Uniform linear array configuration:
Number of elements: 48
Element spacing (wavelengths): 0.75
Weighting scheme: kaiser
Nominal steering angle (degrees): -15
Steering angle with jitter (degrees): -13.059
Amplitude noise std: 0.05
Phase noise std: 0.05

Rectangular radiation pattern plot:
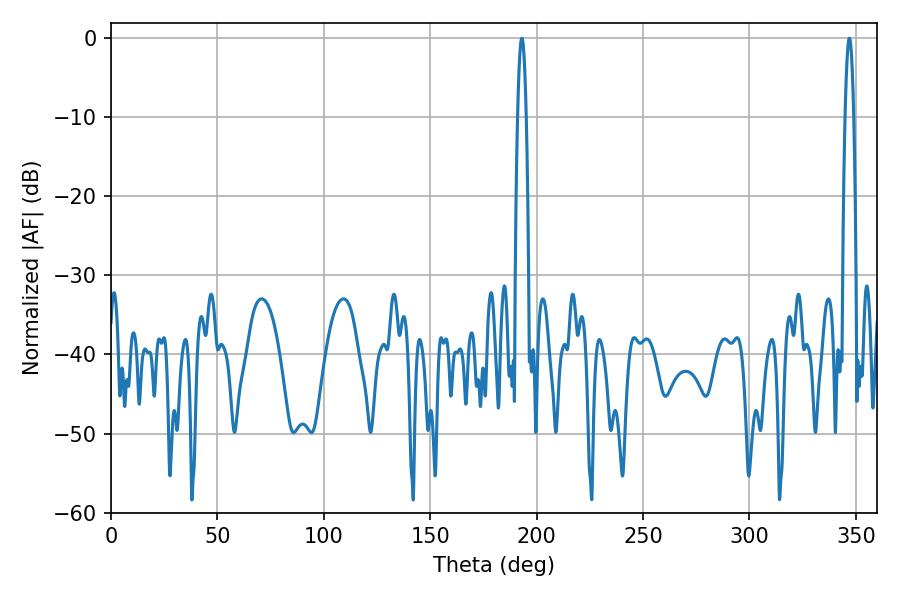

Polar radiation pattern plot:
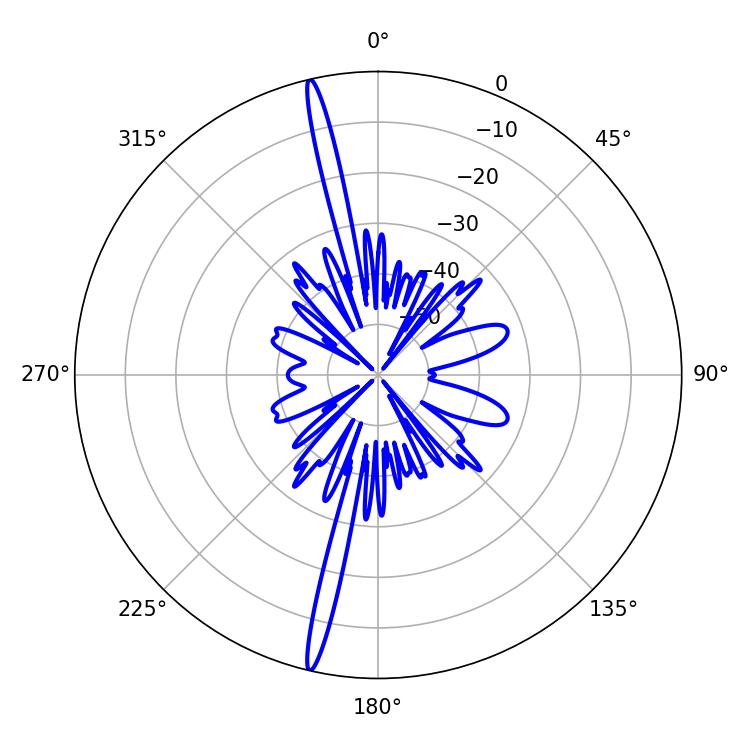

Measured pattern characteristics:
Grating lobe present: TRUE
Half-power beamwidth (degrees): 2.16
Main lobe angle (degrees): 193.14